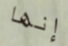
إنها